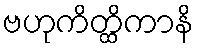
ဗဟုကိတ္ထိကာနိ